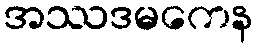
အဿဒမကေန